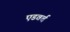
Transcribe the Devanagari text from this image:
एडवर्ब